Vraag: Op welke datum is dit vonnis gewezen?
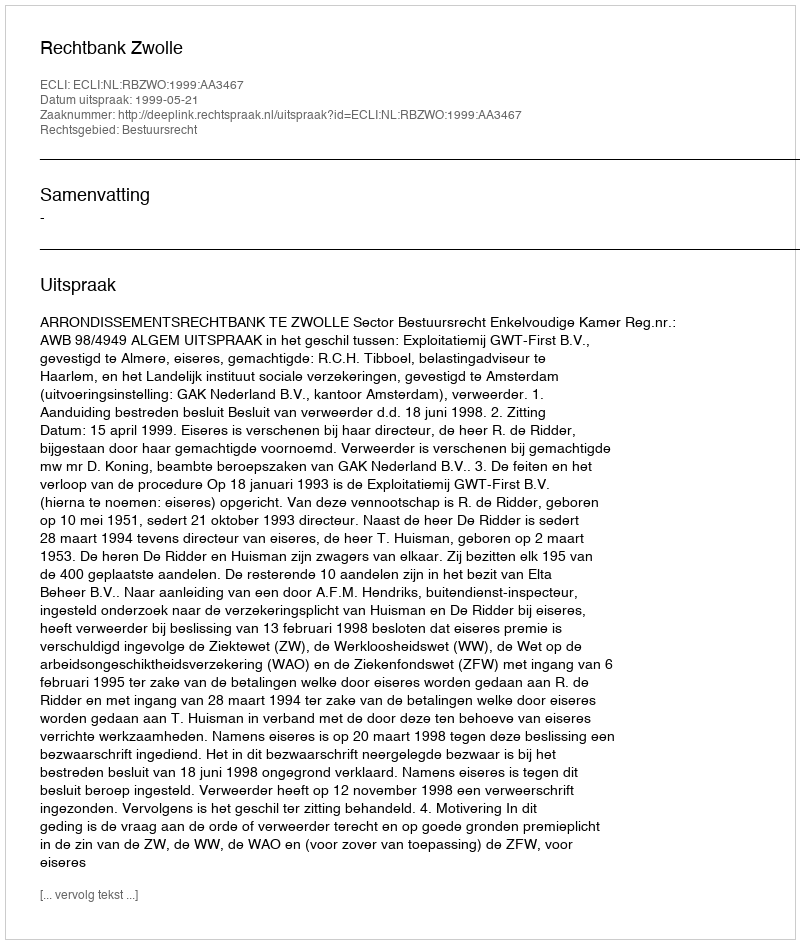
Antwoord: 1999-05-21